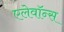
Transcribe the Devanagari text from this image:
एलेवॉन्स